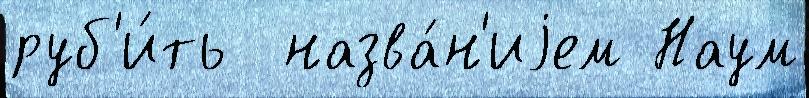
руб'и́ть  назва́н'иjем Наум